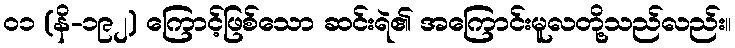
၀၁ (နိ-၁၉၂) ကြောင့်ဖြစ်သော ဆင်းရဲ၏ အကြောင်းမူလတို့သည်လည်း။